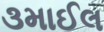
૩માઈલ